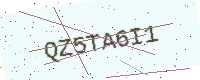
Text: QZ5TA6I1